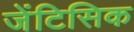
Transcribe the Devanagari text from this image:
जेंटिसिक